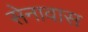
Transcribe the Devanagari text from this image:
सेनावास